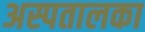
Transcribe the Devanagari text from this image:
अस्पतालका